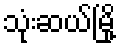
သုံးဆယ်မြို့